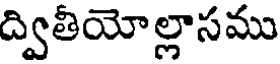
ద్వితీయోల్లాసము